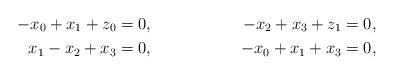
LaTeX: \begin{align*} -x_0 + x_1 + z_0&=0, & -x_2 + x_3 + z_1&=0, \\ x_1 - x_2 + x_3&=0,& -x_0 + x_1 + x_3&=0, \end{align*}